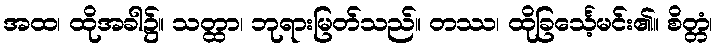
အထ၊ ထိုအခါ၌။ သတ္ထာ၊ ဘုရားမြတ်သည်။ တဿ၊ ထိုခြင်္သေ့မင်း၏။ စိတ္တံ၊